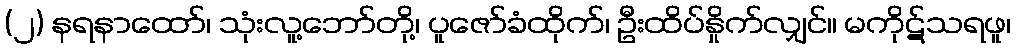
(၂) နရနာထော်၊ သုံးလူ့ဘော်တို့၊ ပူဇော်ခံထိုက်၊ ဦးထိပ်နှိုက်လျှင်။ မကိုဋ်သရဖူ၊